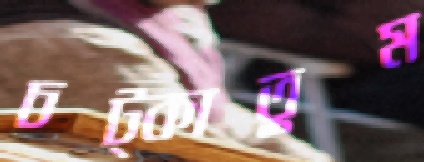
চট্‌কাতুম